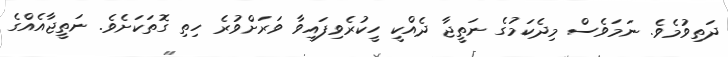
ދަތިވުމެވެ. ނަމަވެސް މިދެކަމުގެ ނަތީޖާ ދެއްކީ ހީކުރެވިފައިވާ ވަރަށްވުރެ ހިތި ގޮތަކަށެވެ. ނަތީޖާއެއްގެ